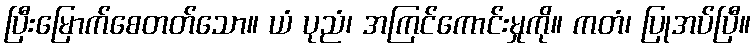
ပြီးမြောက်စေတတ်သော။ ယံ ပုညံ၊ အကြင်ကောင်းမှုကို။ ကတံ၊ ပြုအပ်ပြီ။